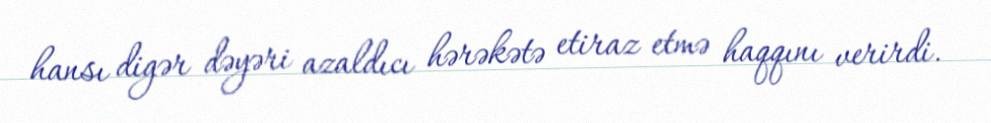
hansı digər dəyəri azaldıcı hərəkətə etiraz etmə haqqını verirdi.